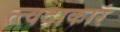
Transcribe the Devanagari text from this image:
त्त्वदाकारं